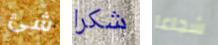
شئ شكرا شجاعا